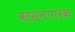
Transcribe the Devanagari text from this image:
वासनापरक